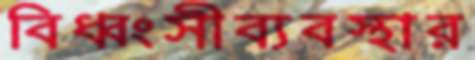
বিধ্বংসীব্যবস্থার